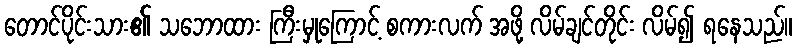
တောင်ပိုင်းသား၏ သဘောထား ကြီးမှုကြောင့် စကားလက် အဖို့ လိမ်ချင်တိုင်း လိမ်၍ ရနေသည်။